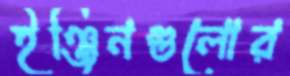
ইঞ্জিনগুলোর